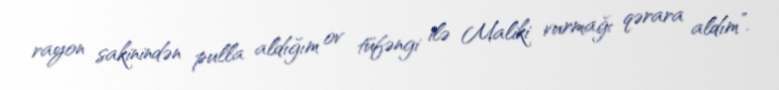
rayon sakinindən pulla aldığım ov tüfəngi ilə Maliki vurmağı qərara aldım”.